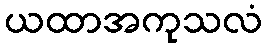
ယထာအကုသလံ